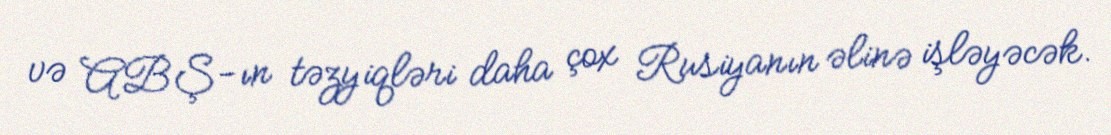
və ABŞ-ın təzyiqləri daha çox Rusiyanın əlinə işləyəcək.